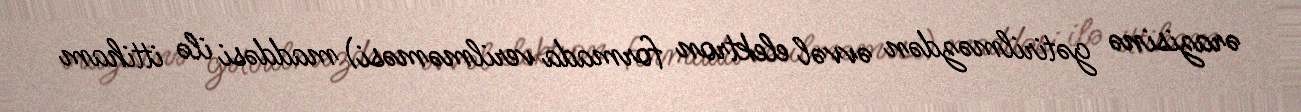
ərazisinə gətirilməzdən əvvəl elektron formada verilməməsi) maddəsi ilə ittiham